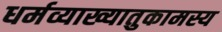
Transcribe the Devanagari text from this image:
धर्मव्याख्यातुकामस्य